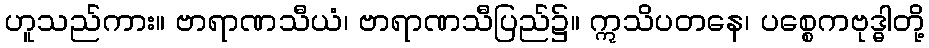
ဟူသည်ကား။ ဗာရာဏသီယံ၊ ဗာရာဏသီပြည်၌။ ဣသိပတနေ၊ ပစ္စေကဗုဒ္ဓါတို့